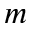
m